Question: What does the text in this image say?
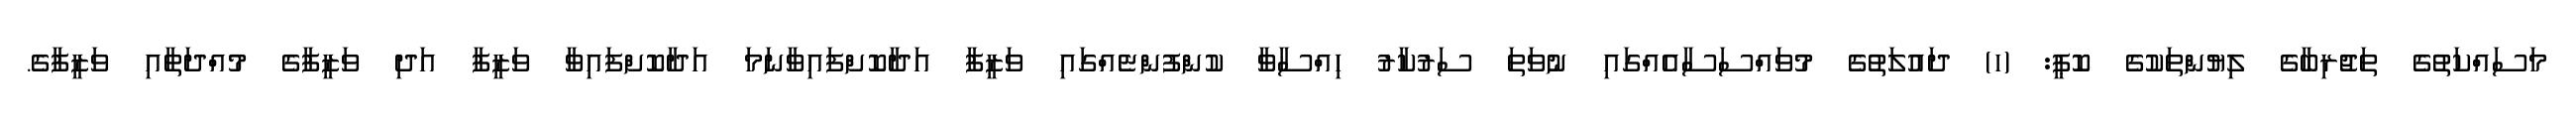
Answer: މަސައްކަތުގެ ތަޖުރިބާގެ ލިޔުންތަކުގެ ކޮޕީ: (ހ) ދައުލަތުގެ މުވައްސަސާއެއްގައި ނުވަތަ ސަރުކާރު ހިއްސާވާ ކުންފުންޏެއްގައި ވަޒީފާ އަދާކޮށްފައިވާނަމަ އަދާކޮށްފައިވާ ވަޒީފާ އަދި ވަޒީފާގެ މުއްދަތާއި ވަޒީފާގެ.